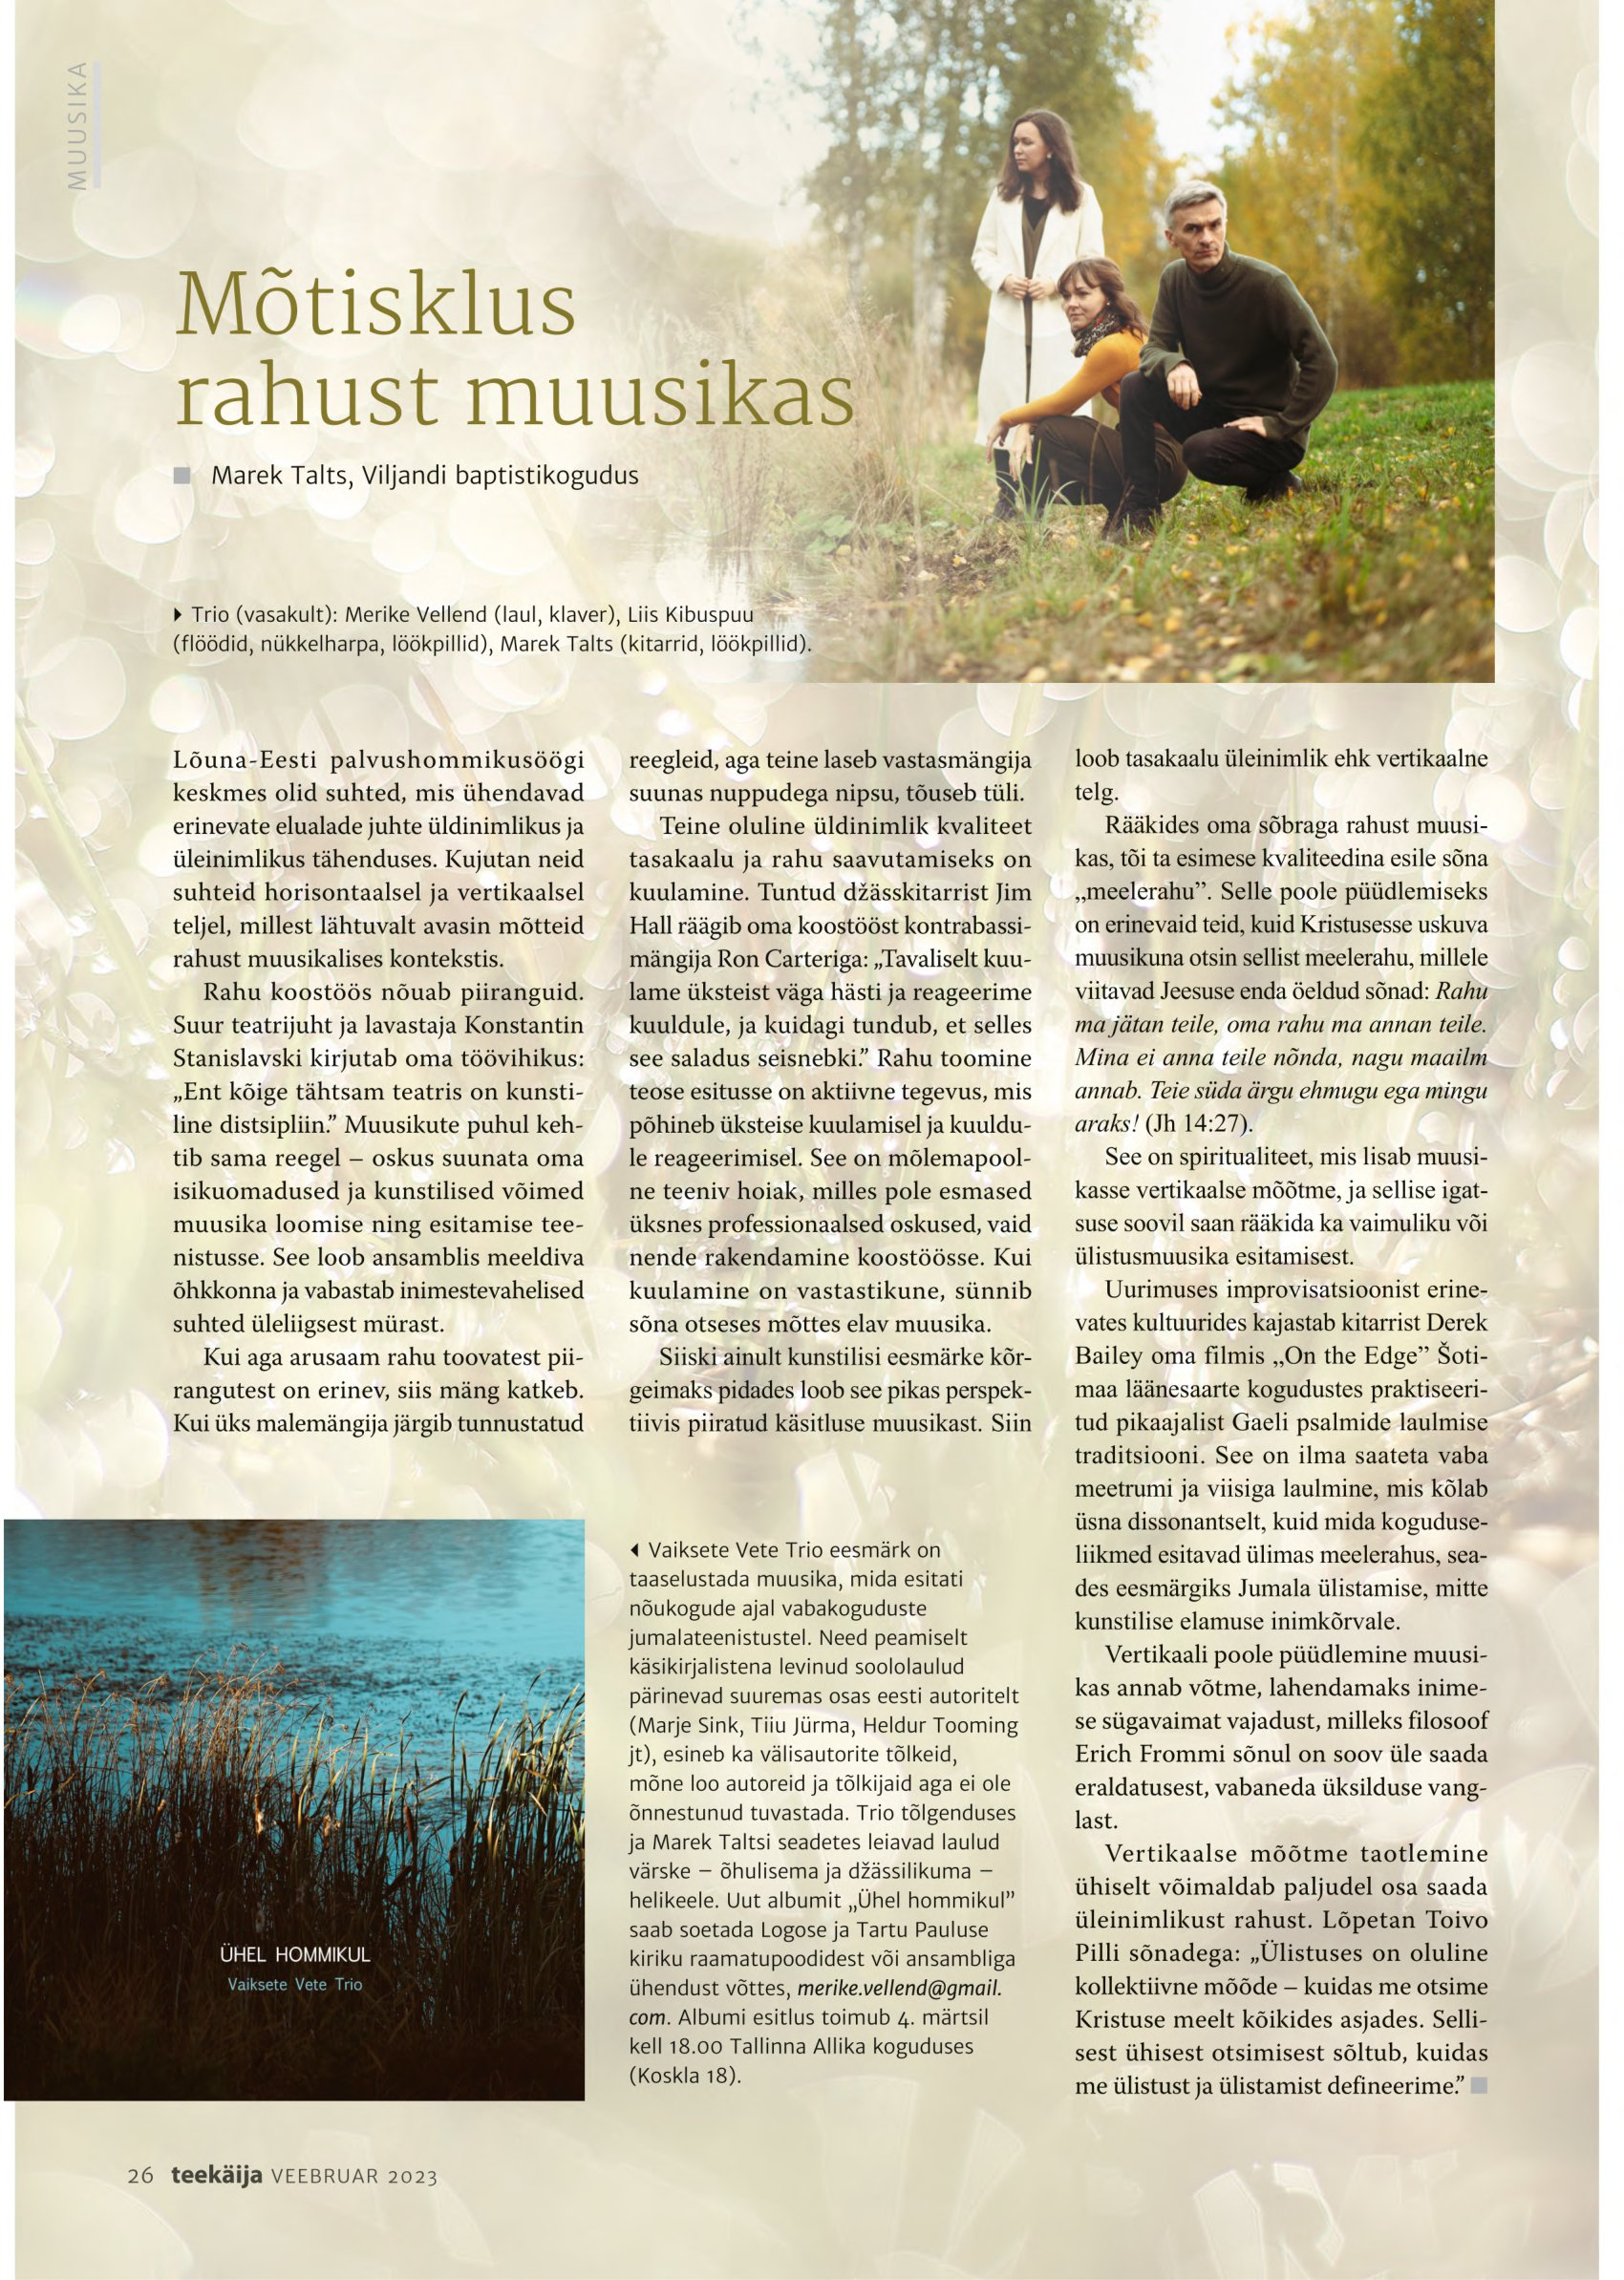
Language: et